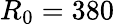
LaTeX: R_{0}=380